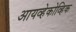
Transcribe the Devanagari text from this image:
आयव्हेकोव्हिक